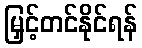
မြှင့်တင်နိုင်ရန်